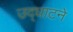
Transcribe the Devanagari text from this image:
उद्‌घाटने